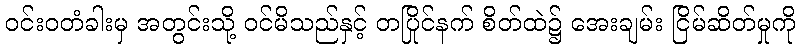
ဝင်းဝတံခါးမှ အတွင်းသို့ ဝင်မိသည်နှင့် တပြိုင်နက် စိတ်ထဲ၌ အေးချမ်း ငြိမ်ဆိတ်မှုကို